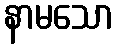
နာမသော